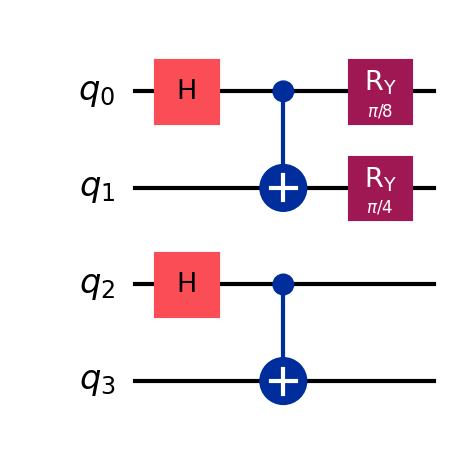
Description: E91 QKD protocol with Bell pairs
描述: 基于Bell对的E91 QKD协议
Category: blockchain_extended (difficulty: advanced)
Qubits: 4, circuit depth: 3
Blockchain relevance: extended_protocol

Braket implementation:
import math
from braket.circuits import Circuit
circuit = Circuit()
circuit.h(0).cnot(0, 1)
circuit.h(2).cnot(2, 3)
circuit.ry(0, math.pi / 8)
circuit.ry(1, math.pi / 4)